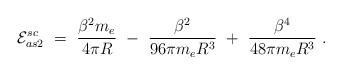
LaTeX: \begin{align*}{\cal E}_{as2}^{sc}\ =\ \frac{\beta^2 m_e }{4\pi R}\ -\ \frac{\beta^2 }{96\pi m_e R^3}\ +\ \frac{\beta^4 }{48\pi m_e R^3}\ .\end{align*}